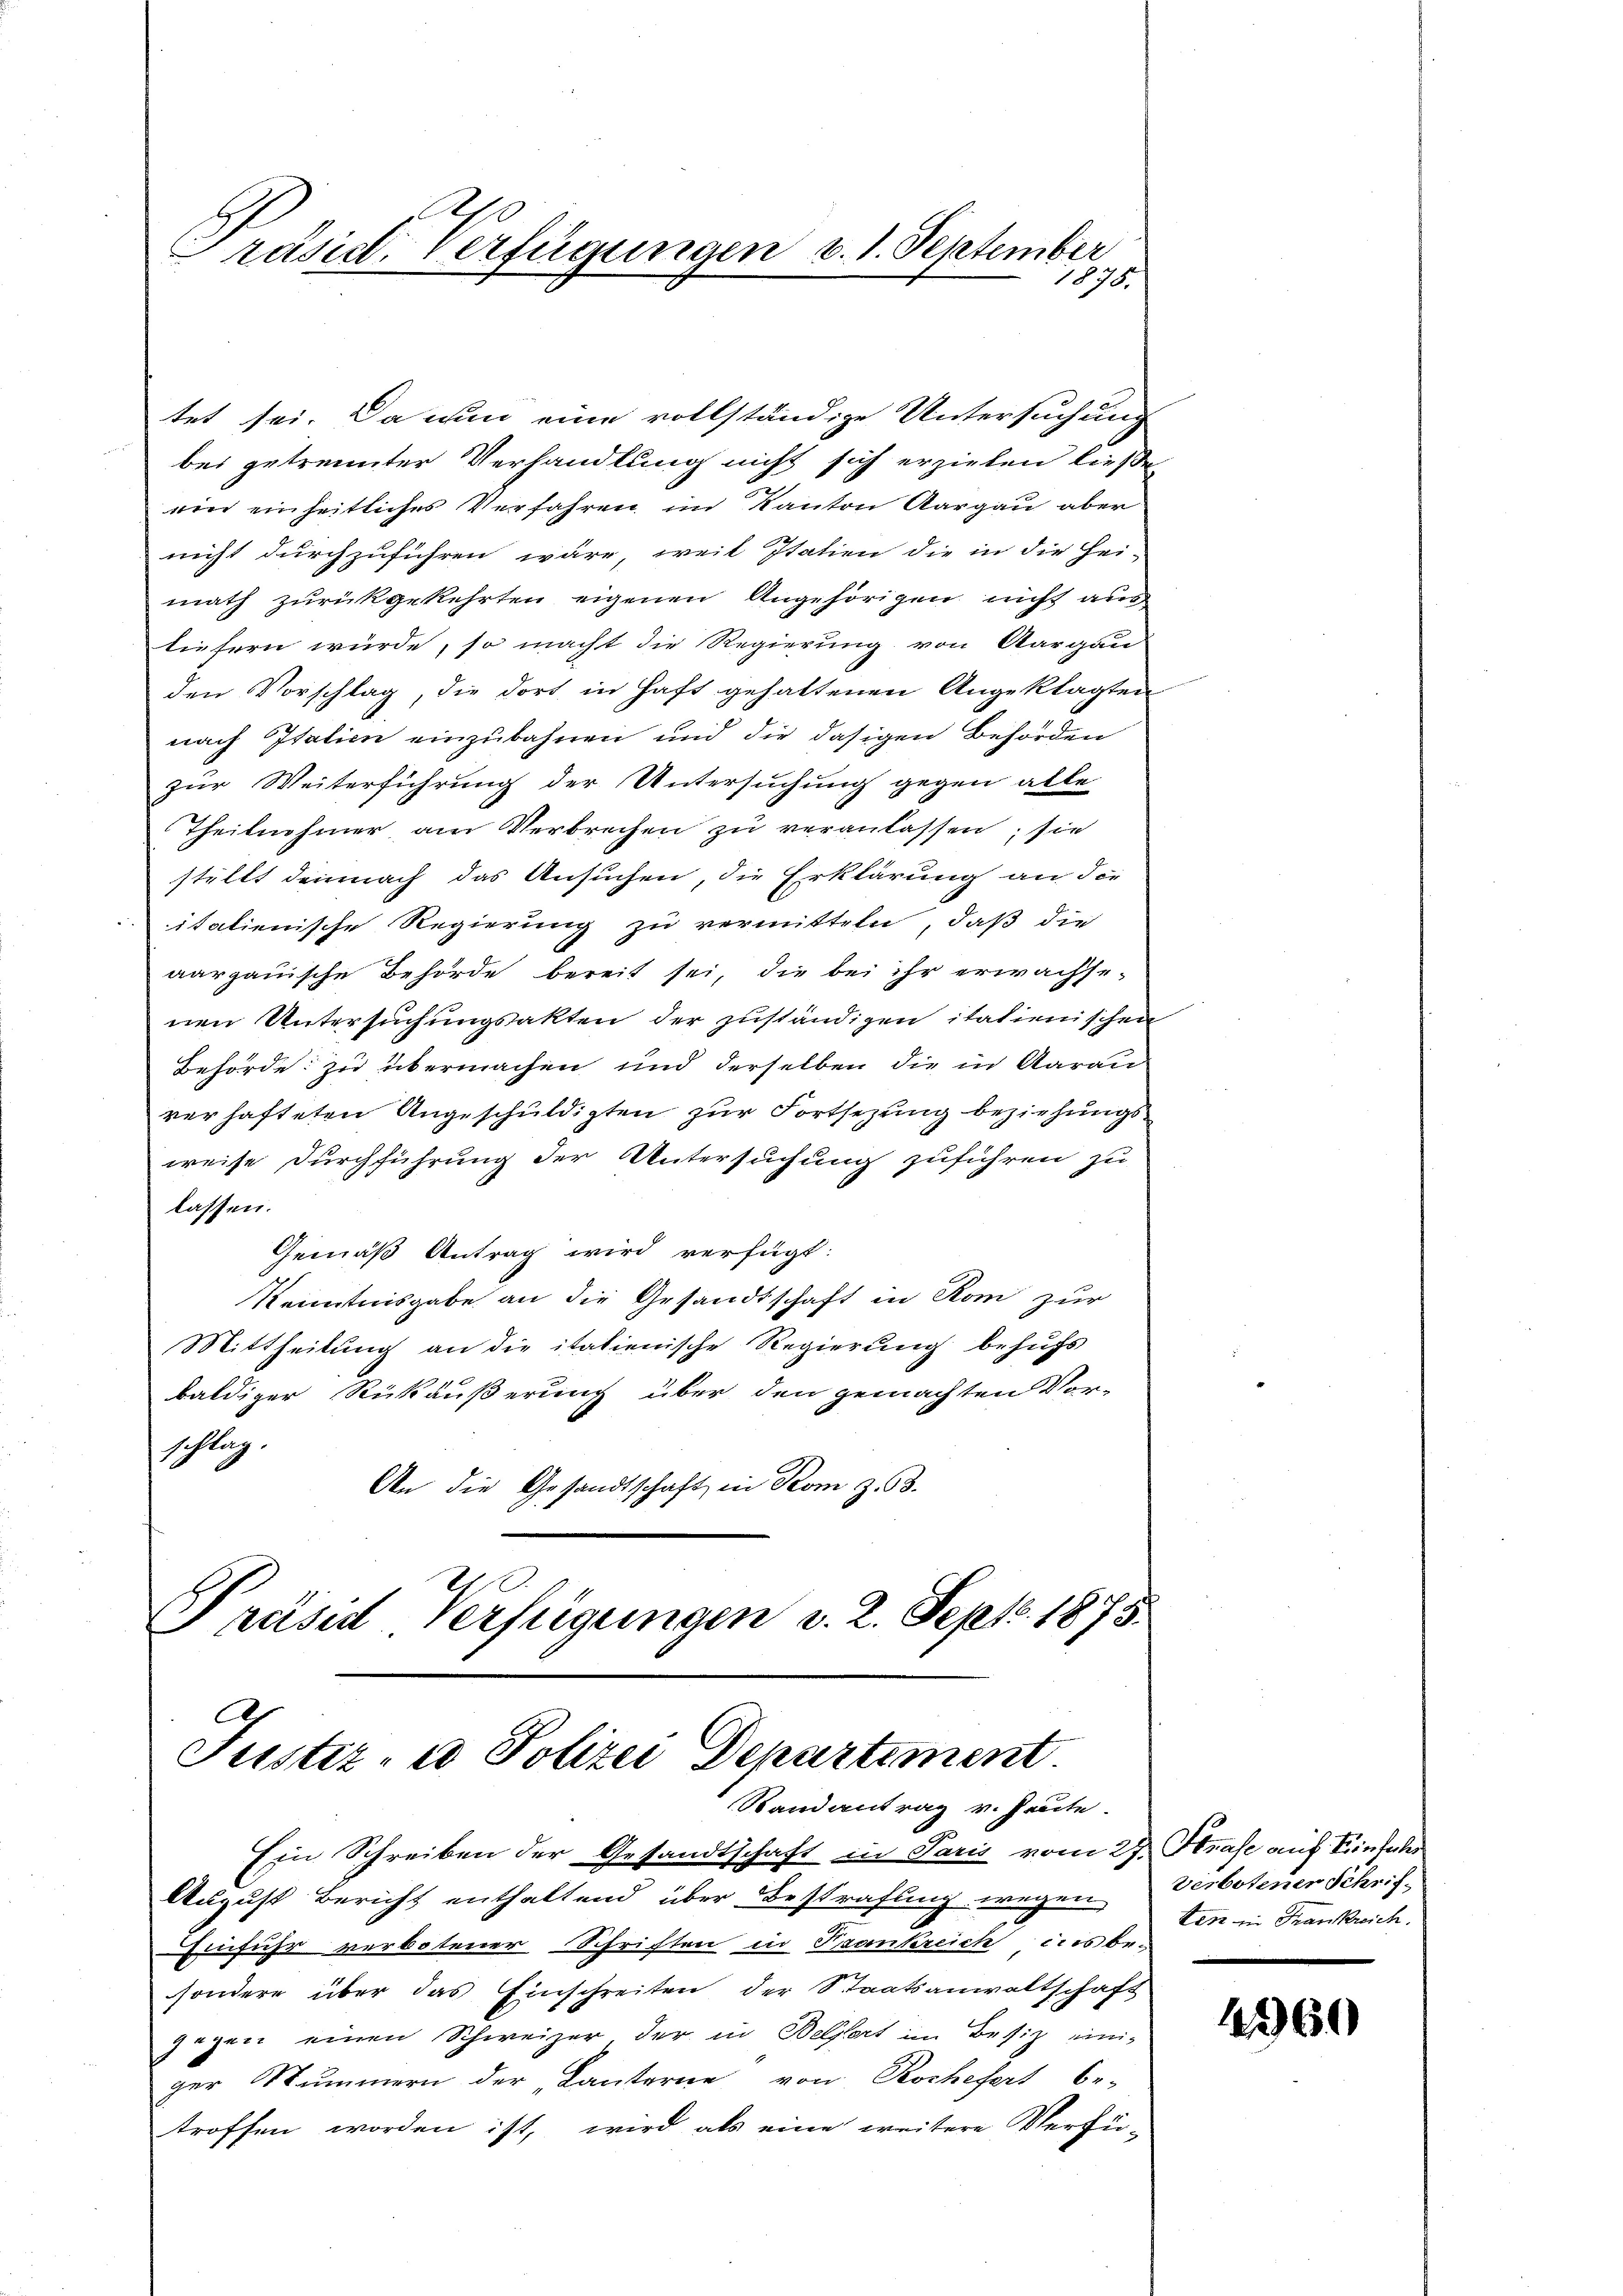
tet sei. Da nun eine vollständige Untersuchung
bei getrennter Verhandlung nicht sich erziehen ließe
ein einheitliches Verfahren im Kanton Aargau aber
nicht durchzuführen wäre, weil Italien die in die Hei-
math zurückgekehrten eigenen Angehörigen nicht aus
liefern würde, so macht die Regierung von Aargau
den Vorschlag, die dort in Haft gehaltenen Angeklagten
nach Italien einzubahnen und die dasigen Behörden
zur Weiterführung der Untersuchung gegen alle
Theilnehmer am Verbrechen zu veranlassen; sie
stellt demnach das Ansuchen, die Erklärung an die
italienische Regierung zu vermitteln, daß die
aargauische Behörde bereit sei, die bei ihr erwachse-
nen Untersuchungsakten der zuständigen italienischen
Behörde zu übermachen und derselben die in Aarau
verhafteten Angeschuldigten zur Fortsezung beziehungs
weise Durchführung der Untersuchung zuführen zu
lassen.
Gemäß Antrag wird verfügt:
Kenntnisgabe an die Gesandtschaft in Rom zur
Mittheilung an die italienische Regierung behufs
baldiger Rückäußerung über den gemachten Vor-
schlag.
An die Gesandtschaft in Rom z. 58.

Präsid. Verfügungen v. 1. September
1875.

Präsid Verfügungen v. 2. Sept. 1875.
Justiz- u Polizei Departement.
Randantrag v. heute.

Ein Schreiben der Gesandtschaft in Paris vom 27. Strase auf Einfal
August Bericht enthaltend über Bestrafung wegen Verbotener Schrif-
Einführ verbotener Schriften in Frankreich dies be-
sondere über das Einschreiten der Staatsanwaltschaft
gegen einen Schweizer der in Belfort im Besiz einiger Nummern der Lanterne von Rochefert be-
troffen worden ist, wird als eine weitere Verfü¬

ten in Frankreich.

160